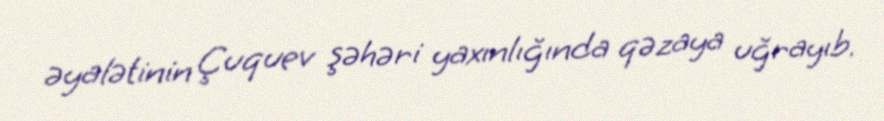
əyalətinin Çuquev şəhəri yaxınlığında qəzaya uğrayıb.